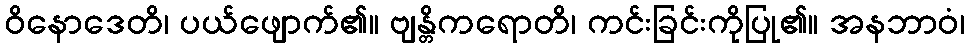
ဝိနောဒေတိ၊ ပယ်ဖျောက်၏။ ဗျန္တိကရောတိ၊ ကင်းခြင်းကိုပြု၏။ အနဘာဝံ၊